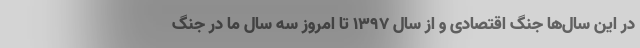
در این سال‌ها جنگ اقتصادی و از سال ۱۳۹۷ تا امروز سه سال ما در جنگ